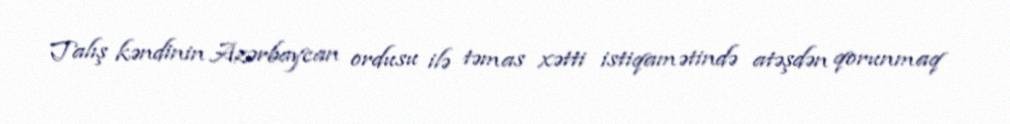
Talış kəndinin Azərbaycan ordusu ilə təmas xətti istiqamətində atəşdən qorunmaq